Lunatic asylums in Bengal annual reports 1899-1911 - 1899-1911
Year: 1899
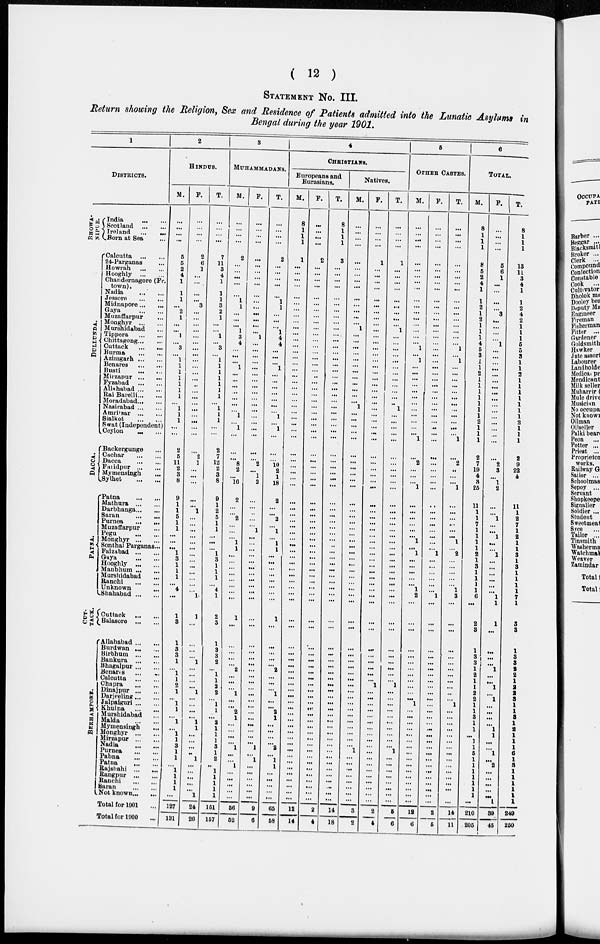
( 12 )
STATEMENT No. III.
Return showing the Religion, Sex and Residence of Patients admitted into the Lunatic Asylums in
Bengal during the year 1901.
1
DISTRICTS.
BHOWANIPUR.
DULLUNDA.
DACCA.
PATNA.
CUT-
TACK.
BERHAMPORE.
India
...
...
Scotland
...
...
Ireland ... ...
Born at Sea ...
Calcutta
...
...
24-Parganas ...
Howrah
...
...
Hooghly
...
...
Chandernagore (Fr.
town).
Nadia
...
...
Jessore
...
...
Midnapore ... ...
Gaya
...
...
Muzaffarpur ...
Monghyr
...
...
Murshidabad ...
Tippera
...
...
Chittagong ...
Cuttack
...
...
Burma
...
...
Azimgarh ... ...
Benares
...
...
Busti
...
...
Mirzapur
...
...
Fyzabad
...
...
Allahabad ... ...
Rai Barelli ... ...
Moradabad ... ...
Nasirabad ... ...
Amritsar
...
...
Sialkot
...
...
Swat (Independent)
Ceylon ... ...
Backergunge ...
Cuchar
...
...
Dacca
...
...
Faridpur
...
...
Mymensingh ...
Sylhet
...
...
Patna
...
...
Mathura
...
...
Darbhanga ... ...
Saran
...
...
Purnea
...
...
Muzaffarpur ...
Pegu
...
...
Monghyr ... ...
Sonthal Parganas...
Faizabad
...
...
Gaya
...
...
Hooghly
...
...
Manbhum ... ...
Murshidabad ...
Ranchi
...
...
Unknown ...
Shahabad ... ...
Cuttack
...
...
Balasore
...
...
Allahabad ... ...
Burdwan ... ...
Birbhum
...
...
Bankura
...
...
Bhagalpur ... ...
Benares
...
...
Calcutta
...
...
Chapra
...
...
Dinajpur ... ...
Darjeeling ... ...
Jalpaiguri ... ...
Khulna
...
...
Murshidabad
Malda
...
...
Mymensingh
Monghyr ... ...
Mirzapur ... ...
Nadia
...
...
Purnea
...
...
Pabna
...
...
Patna
...
...
Rajshahi ... ...
Rangpur ... ...
Ranchi
...
...
Saran
...
...
Not known ... ...
Total for 1901 ...
Total for 1900 ...
2
HINDUS.
M.
...
...
...
...
5
5
2
4
1
1
1
...
2
1
...
...
1
...
3
...
1
1
1
1
1
1
1
...
1
1
1
...
...
2
5
11
2
3
8
9
1
1
5
1
1
...
...
...
1
3
1
1
1
...
4
...
1
3
1
3
3
1
...
1
1
2
1
...
1
1
...
1
...
1
1
3
1
1
...
1
1
1
1
...
127
131
F.
...
...
...
...
2
6
1
...
...
...
...
3
...
...
...
...
...
...
...
...
...
...
...
...
..
...
...
...
...
...
...
...
...
...
2
1
...
...
...
...
...
1
...
...
...
...
...
...
...
...
...
...
...
...
...
1
1
...
...
...
...
1
...
...
...
...
1
...
...
...
...
1
1
...
...
...
...
1
...
...
...
...
...
1
24
26
T.
...
...
...
...
7
11
3
4
1
1
1
3
2
1
...
...
1
...
3
...
1
1
1
1
1
1
1
...
1
1
1
...
...
2
7
12
2
3
8
9
1
2
5
1
1
...
...
...
1
3
1
1
1
...
4
1
2
3
1
3
3
2
...
1
1
2
2
...
1
1
...
2
1
1
1
3
1
2
..
1
1
1
1
1
151
157
3
MUHAMMADANS.
M.
...
...
...
...
2
...
...
...
...
...
1
1
...
...
...
1
3
4
...
...
...
1
...
...
...
...
...
...
...
1
...
1
...
...
...
8
2
...
16
2
...
...
2
...
...
...
1
1
...
...
...
...
...
...
...
...
1
...
...
...
...
...
2
...
...
...
1
...
...
2
1
...
...
...
...
1
...
...
1
...
...
...
...
...
56
52
F.
...
...
...
...
...
...
...
...
...
...
...
...
...
...
...
...
1
...
...
...
...
...
...
...
...
...
...
...
...
...
...
...
...
...
...
2
...
1
2
...
...
...
...
...
1
...
...
...
...
...
...
...
...
...
...
...
...
...
...
...
...
...
...
...
...
...
...
...
...
...
...
...
...
...
1
...
1
...
...
...
...
...
...
9
6
T.
...
...
...
...
2
...
...
...
...
1
1
...
...
...
1
4
4
...
...
...
1
...
...
...
...
...
...
...
1
...
1
...
...
...
10
2
1
18
2
...
...
2
...
1
...
1
1
...
...
...
...
...
...
...
...
1
...
...
...
...
...
2
...
...
...
1
...
...
2
1
...
...
...
...
2
...
1
1
...
...
...
...
...
65
58
4
CHRISTIANS.
Europeans and
Eurasians.
M.
8
1
1
1
1
...
...
...
...
...
...
...
...
...
...
...
...
...
...
...
...
...
...
...
...
...
...
...
...
...
...
...
...
...
...
...
...
...
...
...
...
...
...
...
...
...
...
...
...
...
...
...
...
...
...
...
...
...
...
...
...
...
...
...
...
...
...
...
...
...
...
...
...
...
...
...
...
...
...
...
...
...
...
...
12
14
F.
...
...
...
...
...
...
...
...
...
...
...
...
...
...
...
...
...
...
...
...
...
...
...
...
...
...
...
...
...
...
...
...
...
...
...
...
...
...
...
...
...
...
...
...
...
...
...
...
...
...
...
...
...
...
...
...
...
...
...
...
...
...
...
...
...
...
...
...
...
...
...
...
...
...
...
...
...
...
...
...
...
...
...
...
2
4
T.
8
1
1
1
3
...
...
...
...
...
...
...
...
...
...
...
...
...
...
...
...
...
...
...
...
...
...
...
...
...
...
...
...
...
...
...
...
...
...
...
...
...
...
...
...
...
...
...
...
...
...
...
...
...
...
...
...
...
...
...
...
...
...
...
...
...
...
...
...
...
...
...
...
...
...
...
...
...
...
...
...
...
...
...
14
18
Natives.
M.
...
...
...
...
...
...
...
...
...
...
...
...
...
...
1
...
...
...
...
...
...
...
...
...
...
...
...
1
...
...
...
...
...
...
...
...
...
...
...
...
...
...
...
...
...
...
...
...
...
...
...
...
...
...
...
...
...
...
...
...
...
...
...
...
...
...
...
...
...
...
...
...
...
...
...
1
...
...
...
...
...
...
...
...
3
2
F.
...
...
...
...
1
...
...
...
...
...
...
...
...
...
...
...
...
...
...
...
...
...
...
...
...
...
...
...
...
...
...
...
...
...
...
...
...
...
...
...
...
...
...
...
...
...
...
...
...
...
...
...
...
...
...
...
...
...
...
...
...
...
...
...
1
...
...
...
...
...
...
...
...
...
...
...
...
...
...
...
...
...
...
...
2
4
T.
...
...
...
...
1
...
...
...
...
...
...
...
...
...
1
...
...
...
...
...
...
...
...
...
...
...
...
1
...
...
...
...
...
...
...
...
...
...
...
...
...
...
...
...
...
...
...
...
...
...
...
...
...
...
...
...
...
...
...
...
...
...
...
...
1
...
...
...
...
...
...
...
...
...
...
1
...
...
...
...
...
...
...
...
5
6
5
OTHER CASTES.
M.
...
...
...
...
...
...
...
...
...
...
...
...
...
...
...
...
...
1
...
1
...
...
...
...
...
...
...
...
...
...
...
...
1
...
2
...
...
...
1
...
...
...
...
...
...
1
...
1
...
...
...
...
...
1
2
...
...
...
...
...
...
...
...
...
...
...
...
1
...
...
...
...
...
...
...
...
...
...
...
...
...
...
...
...
12
6
F.
...
...
...
...
...
...
...
...
...
...
...
...
...
...
...
...
...
...
...
...
...
...
...
...
...
...
...
...
...
...
...
...
...
...
...
...
...
...
...
...
...
...
...
...
...
...
1
...
...
...
...
...
...
1
...
...
...
...
...
...
...
...
...
...
...
...
...
...
...
...
...
...
...
...
...
...
...
...
...
...
...
...
...
2
5
T.
...
...
...
...
...
...
...
...
...
...
...
...
...
...
...
...
...
1
...
1
...
...
...
...
...
...
...
...
...
...
...
...
1
...
2
...
...
...
1
...
...
...
...
...
...
1
...
2
...
...
...
...
...
1
3
...
...
...
...
...
...
...
...
...
...
...
...
1
...
...
...
...
...
...
...
...
...
...
...
...
...
...
...
...
14
11
6
TOTAL.
M.
8
1
1
1
8
5
2
4
1
1
2
1
2
1
1
1
4
6
3
1
1
2
1
1
1
1
1
1
1
2
1
1
1
2
7
19
4
8
25
11
1
1
7
1
1
1
1
2
1
3
1
1
1
1
6
...
2
3
1
3
3
1
2
1
1
2
2
1
1
3
1
1
...
1
1
5
1
1
1
1
1
1
1
...
210
205
F.
...
...
...
...
6
6
1
...
...
...
...
3
...
...
...
...
1
...
...
...
...
...
...
...
...
...
...
...
...
...
...
...
...
...
2
3
...
1
2
...
...
1
...
...
1
...
...
1
...
...
...
...
...
...
1
1
1
...
...
...
...
1
...
...
1
...
1
...
...
...
...
1
1
...
...
1
...
2
...
...
...
...
...
1
39
45
T.
8
1
1
1
13
11
3
4
1
1
2
4
2
1
1
1
5
5
3
1
1
2
1
1
1
1
1
1
1
2
1
1
1
2
9
22
4
11
1
2
7
1
2
1
1
3
1
3
1
1
1
1
7
1
3
3
1
3
1
2
2
3
1
1
3
1
2
1
1
6
1
3
1
6
1
3
1
1
1
1
1
1
249
250